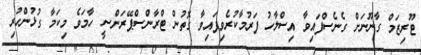
ޓޫރިޒަމް ގާނޫނަށް ގެނެސްފައިވާ އިސްލާހު ފަރުމާކުރެވިފައިވާ ގޮތުން ޓްރާންސްޕޭރަންސީ ހާމަވެ މިކަމާ ގުޅުންހުރި